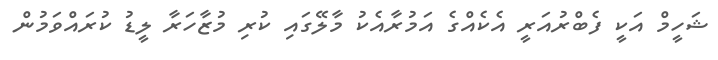
ޝަހީމް އަކީ ފެބްރުއަރީ އެކެއްގެ އަމުރާއެކު މާލޭގައި ކުރި މުޒާހަރާ ލީޑު ކުރައްވަމުން